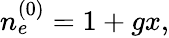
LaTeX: \begin{array}{r}{n_{e}^{(0)}=1+gx,}\end{array}